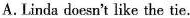
A.Linda doesn't like the tie.